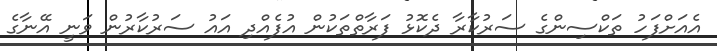
އެއަށްފަހު ތަކްސިންގެ ސަރުކާރާ ދެކޮޅު ފަރާތްތަކުން އުފެއްދި އައު ސަރުކާރުން ވަނީ އޭނާގެ